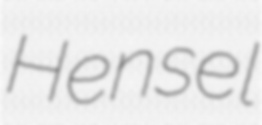
Hensel